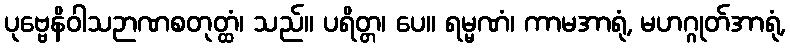
ပုဗ္ဗေနိဝါသဉာဏစတုတ္ထံ၊ သည်။ ပရိတ္တ၊ ပေ။ ရမ္မဏံ၊ ကာမအာရုံ, မဟဂ္ဂုတ်အာရုံ,